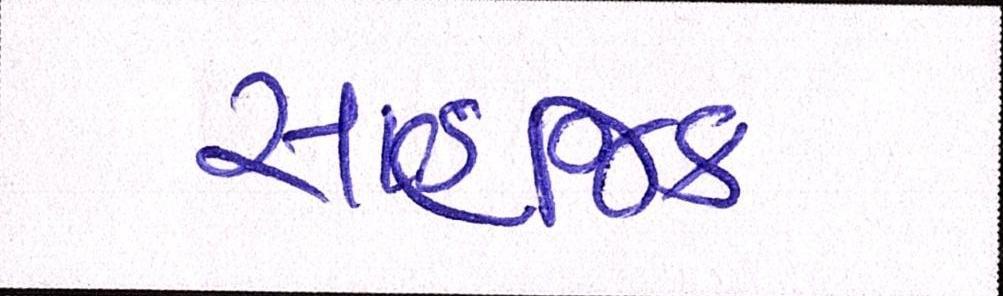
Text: સાહજિક